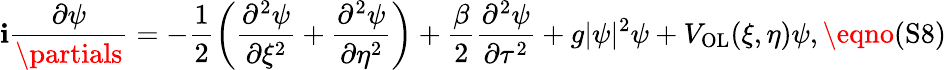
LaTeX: \mathbf{i}\frac{{\partial\psi}}{{\partials}}=-\frac{{1}}{{2}}\left(\frac{{\partial^{2}\psi}}{{\partial\xi^{2}}}+\frac{{\partial^{2}\psi}}{{\partial\eta^{2}}}\right)+\frac{{\beta}}{{2}}\frac{{\partial^{2}\psi}}{{\partial\tau^{2}}}+g|\psi|^{2}\psi+V_{\textrm{{OL}}}(\xi,\eta)\psi,\eqno{(\textrm{{S8}})}